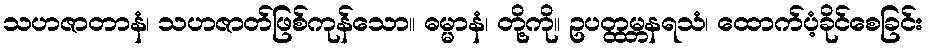
သဟဇာတာနံ၊ သဟဇာတ်ဖြစ်ကုန်သော။ ဓမ္မာနံ၊ တို့ကို။ ဥပတ္ထမ္ဘနရသံ၊ ထောက်ပံ့ခိုင်စေခြင်း